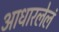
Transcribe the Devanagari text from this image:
आधारलेलं